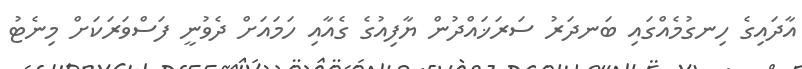
އާދައިގެ ހިނގުމެއްގައި ބަނދަރު ސަރަޚައްދުން ޔާފިއުގެ ގެއާއި ހަމައަށް ދެވުނީ ފަސްވަރަކަށް މިނެޓު